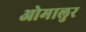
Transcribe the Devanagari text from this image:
ओमालुर